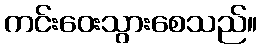
ကင်းဝေးသွားစေသည်။